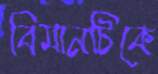
বিমানটিকে